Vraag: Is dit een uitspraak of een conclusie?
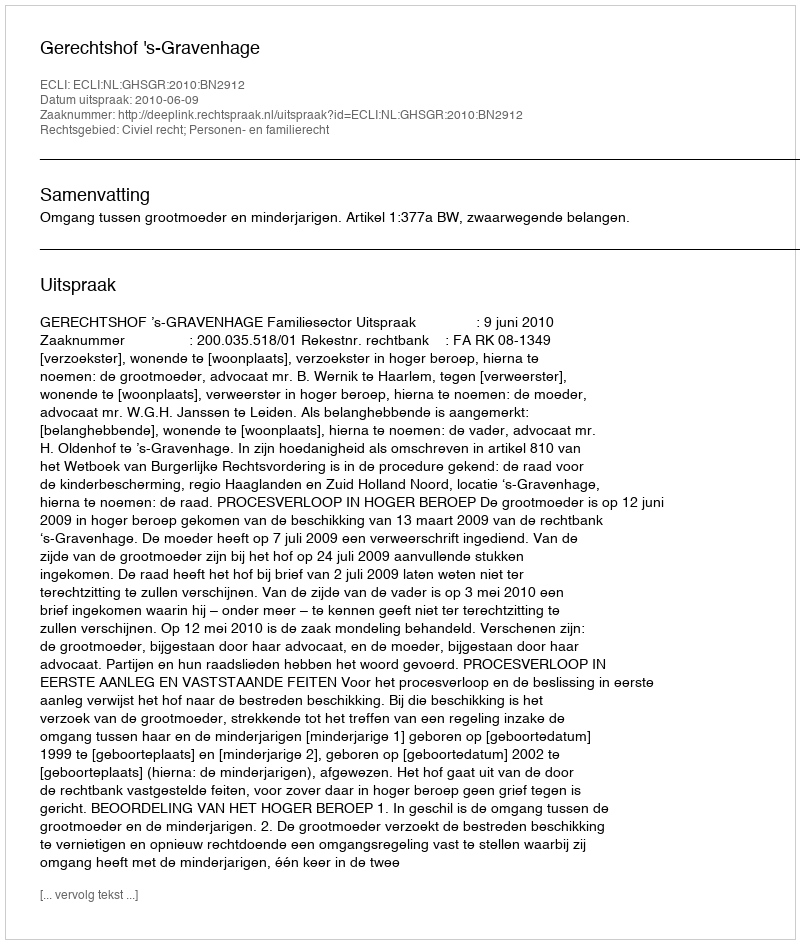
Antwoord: Uitspraak